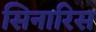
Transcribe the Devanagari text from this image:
सिनारिस